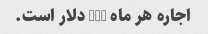
اجاره هر ماه 725 دلار است.